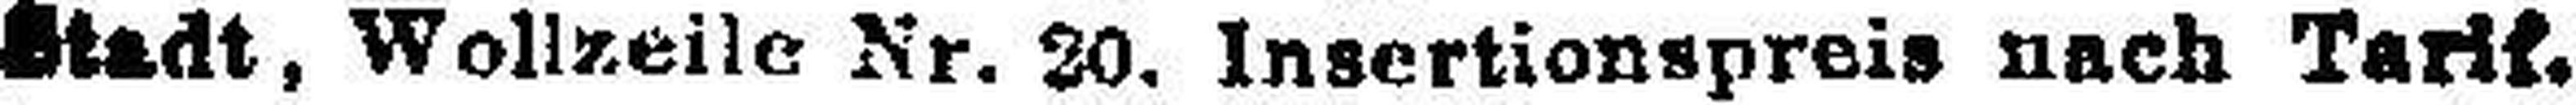
Stadt, Wollzeile Nr. 20. Insertionspreis nach Tarif.